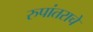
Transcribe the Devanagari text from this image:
रुपांतराचे